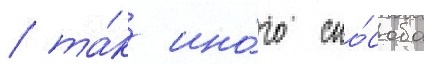
/ та́к ино́го спо́соба